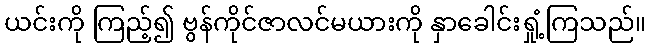
ယင်းကို ကြည့်၍ ဗွန်ကိုင်ဇာလင်မယားကို နှာခေါင်းရှုံ့ကြသည်။